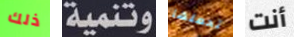
ذلك وتنمية تحملها أنت